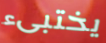
يختبىء